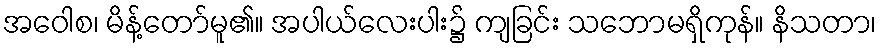
အဝေါစ၊ မိန့်တော်မူ၏။ အပါယ်လေးပါး၌ ကျခြင်း သဘောမရှိကုန်။ နိသတာ၊